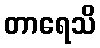
တာရေသိ